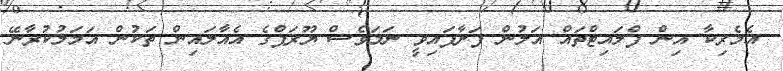
އެމެރިކާ އިން ފްލައިޓްތައް އަލުން ފަށާފައިވީ ނަމަވެސް ޔޫރަޕްގެ އެއާލައިން ތަކުން އަމަލުކުރާނޭ